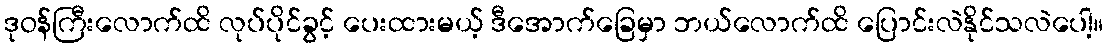
ဒုဝန်ကြီးလောက်ထိ လုပ်ပိုင်ခွင့် ပေးထားမယ့် ဒီအောက်ခြေမှာ ဘယ်လောက်ထိ ပြောင်းလဲနိုင်သလဲပေါ့။